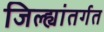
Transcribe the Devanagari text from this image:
जिल्ह्यांतर्गत